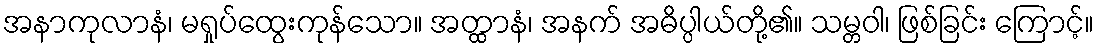
အနာကုလာနံ၊ မရှုပ်ထွေးကုန်သော။ အတ္ထာနံ၊ အနက် အဓိပ္ပါယ်တို့၏။ သမ္တဝါ၊ ဖြစ်ခြင်း ကြောင့်။